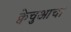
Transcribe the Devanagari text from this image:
क्वेचुआचा